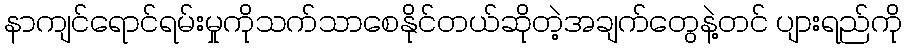
နာကျင်ရောင်ရမ်းမှုကိုသက်သာစေနိုင်တယ်ဆိုတဲ့အချက်တွေနဲ့တင် ပျားရည်ကို